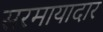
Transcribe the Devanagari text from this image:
सरमायादार